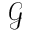
\mathcal { G }